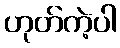
ဟုတ်ကဲ့ပါ